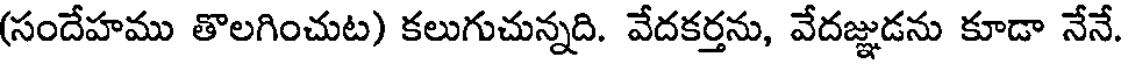
(సందేహము తొలగించుట) కలుగుచున్నది. వేదకర్తను, వేదజ్ఞుడను కూడా నేనే